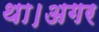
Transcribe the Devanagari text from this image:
था।अगर